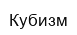
Кубизм